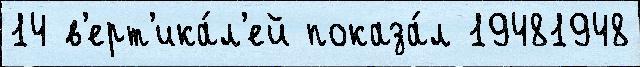
14 в'ерт'ика́л'ей показа́л 19481948